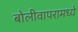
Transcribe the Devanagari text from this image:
बोलीवापरामध्ये